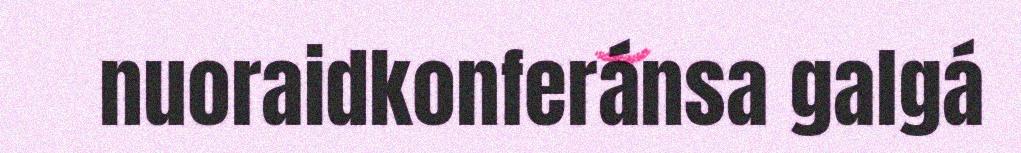
nuoraidkonferánsa galgá